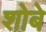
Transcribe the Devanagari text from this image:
शोबे